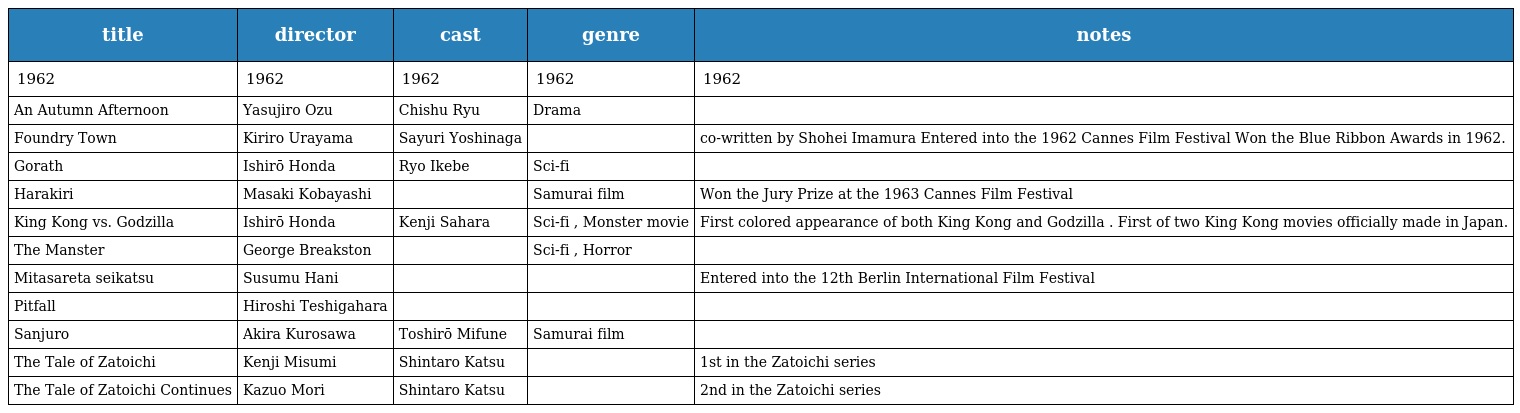
| title | director | cast | genre | notes |
 | --- | --- | --- | --- | --- |
 | 1962 | 1962 | 1962 | 1962 | 1962 |
 | An Autumn Afternoon | Yasujiro Ozu | Chishu Ryu | Drama |  |
 | Foundry Town | Kiriro Urayama | Sayuri Yoshinaga |  | co-written by Shohei Imamura Entered into the 1962 Cannes Film Festival Won the Blue Ribbon Awards in 1962. |
 | Gorath | Ishirō Honda | Ryo Ikebe | Sci-fi |  |
 | Harakiri | Masaki Kobayashi |  | Samurai film | Won the Jury Prize at the 1963 Cannes Film Festival |
 | King Kong vs. Godzilla | Ishirō Honda | Kenji Sahara | Sci-fi , Monster movie | First colored appearance of both King Kong and Godzilla . First of two King Kong movies officially made in Japan. |
 | The Manster | George Breakston |  | Sci-fi , Horror |  |
 | Mitasareta seikatsu | Susumu Hani |  |  | Entered into the 12th Berlin International Film Festival |
 | Pitfall | Hiroshi Teshigahara |  |  |  |
 | Sanjuro | Akira Kurosawa | Toshirō Mifune | Samurai film |  |
 | The Tale of Zatoichi | Kenji Misumi | Shintaro Katsu |  | 1st in the Zatoichi series |
 | The Tale of Zatoichi Continues | Kazuo Mori | Shintaro Katsu |  | 2nd in the Zatoichi series |